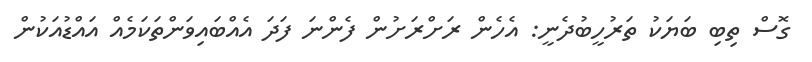
ގޮސް ތިބި ބަޔަކު ތަރުހީބުދެނީ: އެހެން ރަށްރަށުން ފެންނަ ފަދަ އެއްބައިވަންތަކަމެއް އައްޑުއަކުން